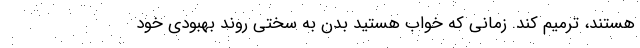
هستند، ترمیم کند. زمانی که خواب هستید بدن به سختی روند بهبودی خود